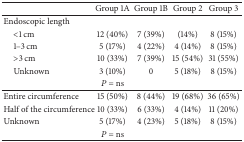
|  | Group 1A | Group 1B | Group 2 | Group 3 |
 | --- | --- | --- | --- | --- |
 | Endoscopic length |  |  |  |  |
 | <1 cm | 12 (40%) | 7 (39%) | (14%) | 8 (15%) |
 | 1–3 cm | 5 (17%) | 4 (22%) | 4 (14%) | 8 (15%) |
 | >3 cm | 10 (33%) | 7 (39%) | 15 (54%) | 31 (55%) |
 | Unknown | 3 (10%) | 0 | 5 (18%) | 8 (15%) |
 |  | P = ns |  |  |  |
 | Entire circumference | 15 (50%) | 8 (44%) | 19 (68%) | 36 (65%) |
 | Half of the circumference | 10 (33%) | 6 (33%) | 4 (14%) | 11 (20%) |
 | Unknown | 5 (17%) | 4 (23%) | 5 (18%) | 8 (15%) |
 |  | P = ns |  |